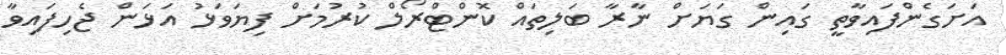
އަށަގެންފައިވާތީ ގައިން ގަޔަށް ނާރާ ބަލިތައް ކޮންޓްރޯލް ކުރުމަށް ފިޔަވަޅު އަޅަން ޖެހިފައިވާ